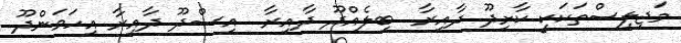
މަޖިލިސްތަކަކީ ކާށިދޫ ދާއިރާ  ބިލެއްދޫ ދާއިރާ  އިސްދޫ ދާއިރާ އިހަވަންދޫ